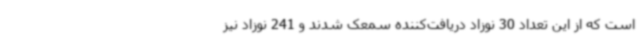
است که از این تعداد 30 نوزاد دریافت‌کننده سمعک شدند و 241 نوزاد نیز